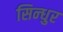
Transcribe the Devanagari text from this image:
सिन्‍धुर